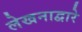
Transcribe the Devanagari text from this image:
लेखनाद्वारे